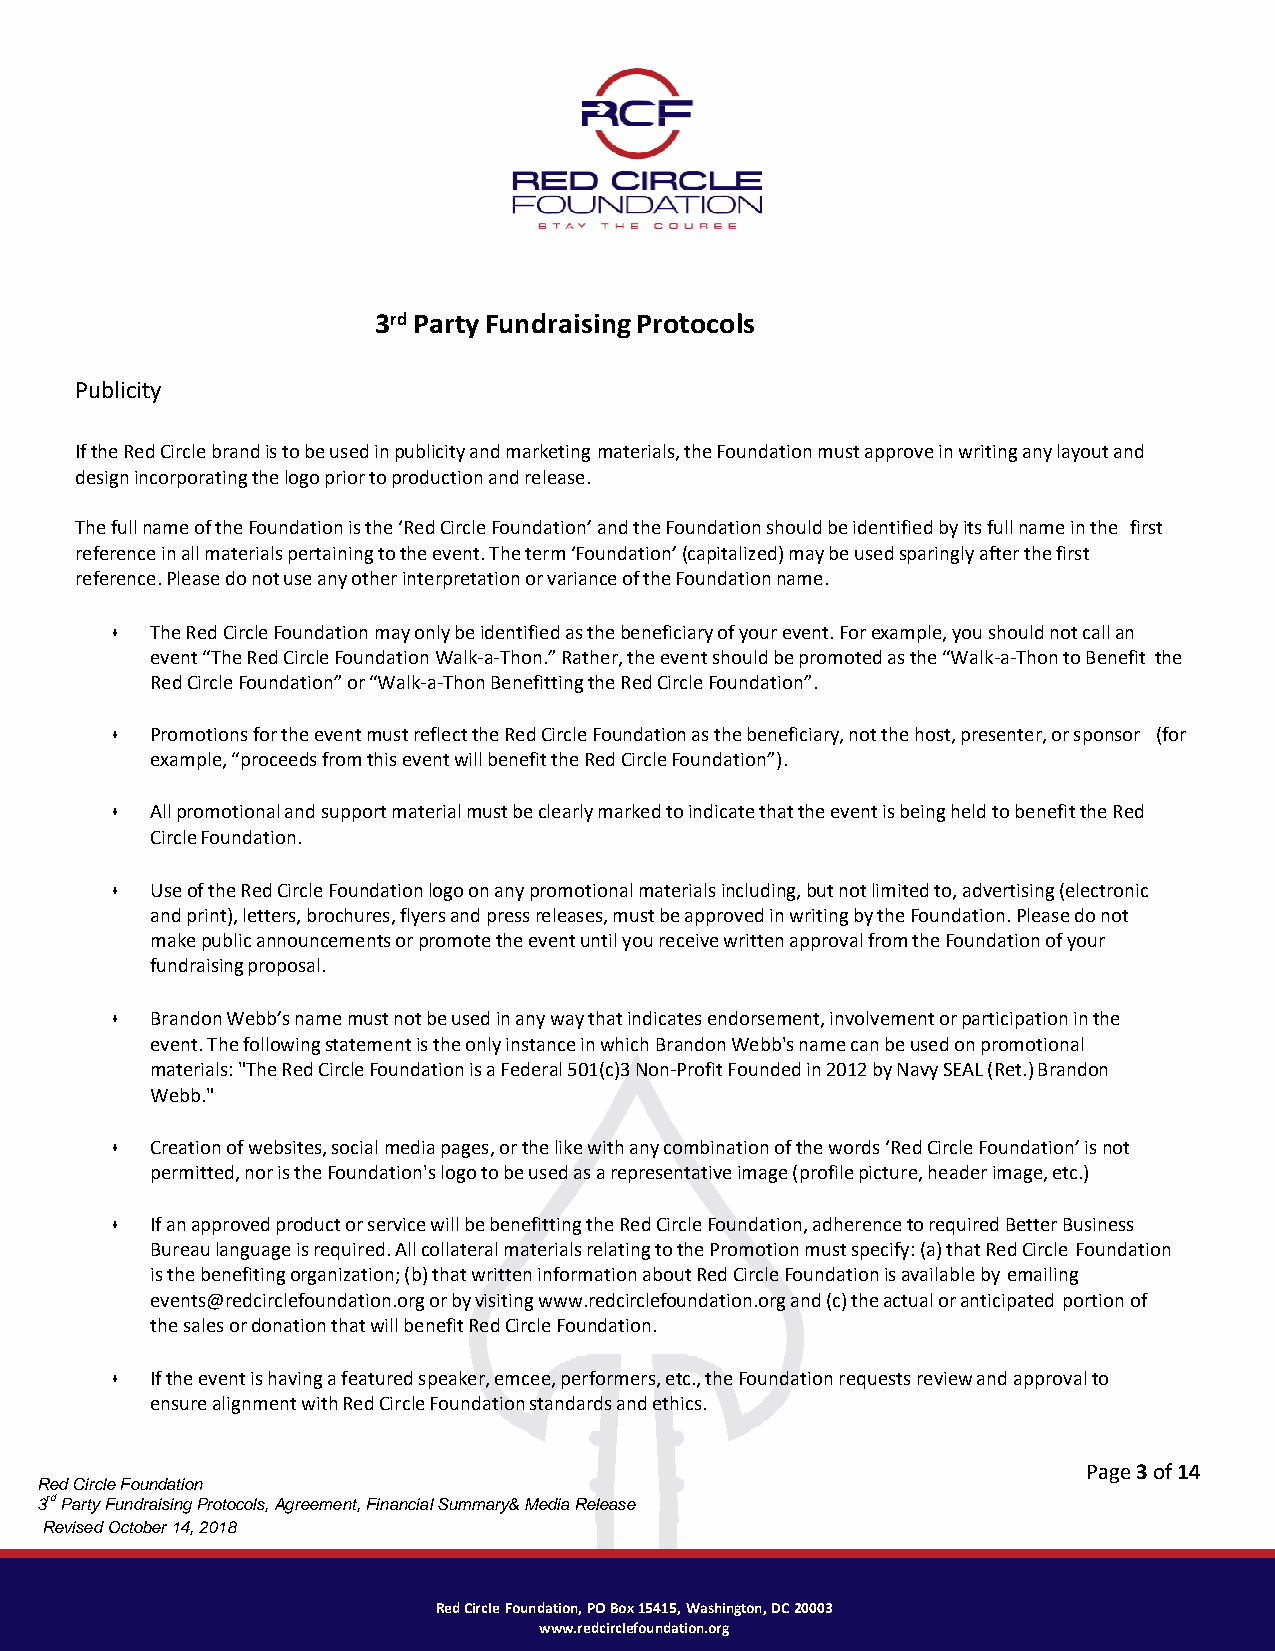
3rd Party Fundraising Protocols
 Publicity
 If the Red Circle brand is to be used in publicity and marketing materials, the Foundation must approve in writing any layout and
 design incorporating the logo prior to production and release.
 The full name of the Foundation is the ‘Red Circle Foundation’ and the Foundation should be identified by its full name in the first
 reference in all materials pertaining to the event. The term ‘Foundation’ (capitalized) may be used sparingly after the first
 reference. Please do not use any other interpretation or variance of the Foundation name.
 •  The Red Circle Foundation may only be identified as the beneficiary of your event. For example, you should not call an
 event “The Red Circle Foundation Walk-a-Thon.” Rather, the event should be promoted as the “Walk-a-Thon to Benefit the
 Red Circle Foundation” or “Walk-a-Thon Benefitting the Red Circle Foundation”.
 •  Promotions for the event must reflect the Red Circle Foundation as the beneficiary, not the host, presenter, or sponsor (for
 example, “proceeds from this event will benefit the Red Circle Foundation”).
 •  All promotional and support material must be clearly marked to indicate that the event is being held to benefit the Red
 Circle Foundation.
 •  Use of the Red Circle Foundation logo on any promotional materials including, but not limited to, advertising (electronic
 and print), letters, brochures, flyers and press releases, must be approved in writing by the Foundation. Please do not
 make public announcements or promote the event until you receive written approval from the Foundation of your
 fundraising proposal.
 •  Brandon Webb’s name must not be used in any way that indicates endorsement, involvement or participation in the
 event. The following statement is the only instance in which Brandon Webb's name can be used on promotional
 materials: "The Red Circle Foundation is a Federal 501(c)3 Non-Profit Founded in 2012 by Navy SEAL (Ret.) Brandon
 Webb."
 •  Creation of websites, social media pages, or the like with any combination of the words ‘Red Circle Foundation’ is not
 permitted, nor is the Foundation's logo to be used as a representative image (profile picture, header image, etc.)
 •  If an approved product or service will be benefitting the Red Circle Foundation, adherence to required Better Business
 Bureau language is required. All collateral materials relating to the Promotion must specify: (a) that Red Circle Foundation
 is the benefiting organization; (b) that written information about Red Circle Foundation is available by emailing
 events@redcirclefoundation.org or by visiting www.redcirclefoundation.org and (c) the actual or anticipated portion of
 the sales or donation that will benefit Red Circle Foundation.
 •  If the event is having a featured speaker, emcee, performers, etc., the Foundation requests review and approval to
 ensure alignment with Red Circle Foundation standards and ethics.
 Page 3 of 14
 Red Circle Foundation
 3rd Party Fundraising Protocols, Agreement, Financial Summary& Media Release
 Revised October 14, 2018
 Red Circle Foundation, PO Box 15415, Washington, DC 20003
 www.redcirclefoundation.org